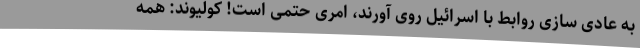
به عادی سازی روابط با اسرائیل روی آورند، امری حتمی است! کولیوند: همه